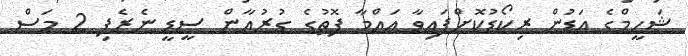
ޝަހީމްގެ އަޑުން ރިކޯޑުކޮށްފައިވާ އައްމާ ފޮތުގެ ގުރުއާން ސީޑީ ނެރެފި 2 މަސް